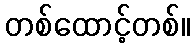
တစ်ထောင့်တစ်။